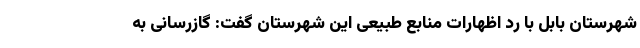
شهرستان بابل با رد اظهارات منابع طبیعی این شهرستان گفت: گازرسانی به